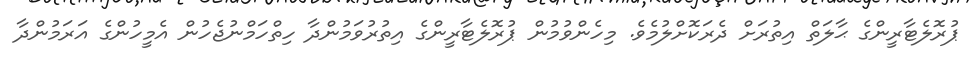
ޕުރޮލެޓާރީންގެ ޙާލަތް އިތުރަށް ދެރަކޮށްލުމެވެ. މިހެންވުމުން ޕުރޮލެޓާރީންގެ އިތުރުވަމުންދާ ހިތްހަމްނުޖެހުން އެމީހުންގެ އަރަމުންދާ